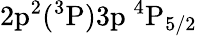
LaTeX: \mathrm{2p^{2}(^{3}P)3p~^{4}P_{5/2}}